Regulations for the medical services of the Army of India
Year: 1930
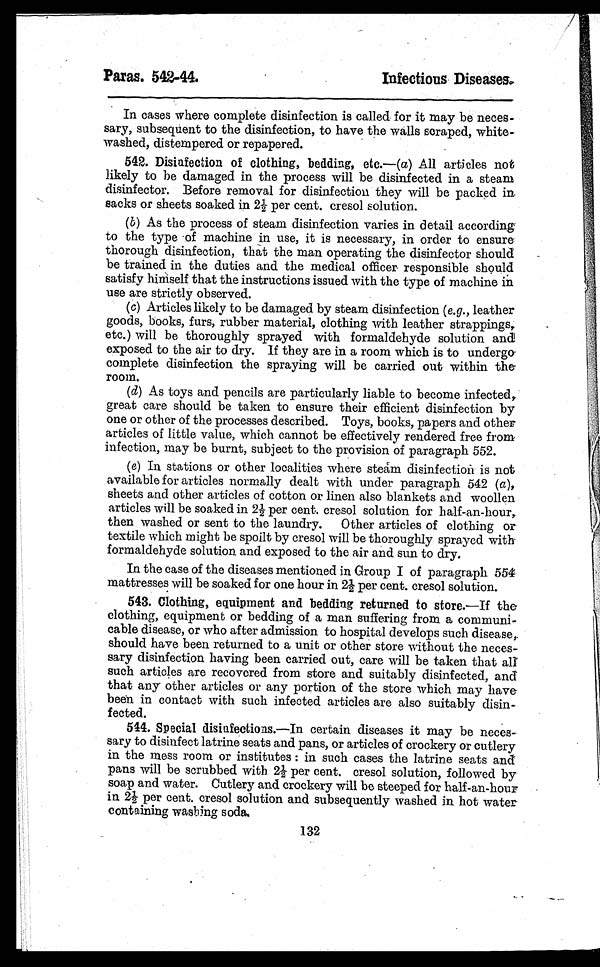
Paras. 542-44.
Infectious Diseases.
In cases where complete disinfection is called for it may be neces-
sary, subsequent to the disinfection, to have the walls scraped, white-
washed, distempered or repapered.
542. Disinfection of clothing, bedding, etc. —(a) All articles not
likely to be damaged in the process will be disinfected in a steam
disinfector. Before removal for disinfection they will be packed in
sacks or sheets soaked in 2½ per cent. cresol solution.
(b) As the process of steam disinfection varies in detail according
to the type of machine in use, it is necessary, in order to ensure
thorough disinfection, that the man operating the disinfector should
be trained in the duties and the medical officer responsible should
satisfy himself that the instructions issued with the type of machine in
use are strictly observed.
(c) Articles likely to be damaged by steam disinfection (e.g., leather
goods, books, furs, rubber material, clothing with leather strappings,
etc.) will be thoroughly sprayed with formaldehyde solution and
exposed to the air to dry. If they are in a room which is to undergo
complete disinfection the spraying will be carried out within the
room.
(d) As toys and pencils are particularly liable to become infected,
great care should be taken to ensure their efficient disinfection by
one or other of the processes described. Toys, books, papers and other
articles of little value, which cannot be effectively rendered free from
infection, may be burnt, subject to the provision of paragraph 552.
(e) In stations or other localities where steam disinfection is not
available for articles normally dealt with under paragraph 542 ( a ),
sheets and other articles of cotton or linen also blankets and woollen
articles will be soaked in 2½ per cent. cresol solution for half-an-hour,
then washed or sent to the laundry. Other articles of clothing or
textile which might be spoilt by cresol will be thoroughly sprayed with
formaldehyde solution and exposed to the air and sun to dry.
In the case of the diseases mentioned in Group I of paragraph 554
mattresses will be soaked for one hour in 2½ per cent. cresol solution.
543. Clothing, equipment and bedding returned to store. —If the
clothing, equipment or bedding of a man suffering from a communi-
cable disease, or who after admission to hospital develops such disease,
should have been returned to a unit or other store without the neces-
sary disinfection having been carried out, care will be taken that all
such articles are recovered from store and suitably disinfected, and
that any other articles or any portion of the store which may have
been in contact with such infected articles are also suitably disin-
fected.
544. Special disinfections. —In certain diseases it may be neces-
sary to disinfect latrine seats and pans, or articles of crockery or cutlery
in the mess room or institutes : in such cases the latrine seats and
pans will be scrubbed with 2½ per cent. cresol solution, followed by
soap and water. Cutlery and crockery will be steeped for half-an-hour
in 2½ per cent. cresol solution and subsequently washed in hot water
containing washing soda.
132